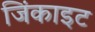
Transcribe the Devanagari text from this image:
जिंकाइट